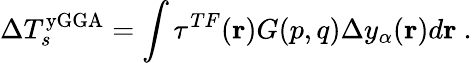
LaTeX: \Delta T_{s}^{\mathrm{yGGA}}=\int\tau^{TF}(\mathbf{r})G(p,q)\Delta y_{\alpha}(\mathbf{r})d\mathbf{r}\ .